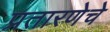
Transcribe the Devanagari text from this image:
प्रतारणेचे